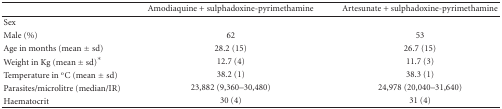
<table><thead><tr><td></td><td><b>Amodiaquine + sulphadoxine-pyrimethamine</b></td><td><b>Artesunate + sulphadoxine-pyrimethamine</b></td></tr></thead><tbody><tr><td>Sex</td><td></td><td></td></tr><tr><td>Male(%)</td><td>62</td><td>53</td></tr><tr><td>Age in months (mean ± sd)</td><td>28.2 (15)</td><td>26.7 (15)</td></tr><tr><td>Weight in Kg (mean ± sd)*</td><td>12.7 (4)</td><td>11.7 (3)</td></tr><tr><td>Temperature in oC (mean ± sd)</td><td>38.2 (1)</td><td>38.3 (1)</td></tr><tr><td>Parasites/microlitre(median/IR)</td><td>23,882 (9,360–30,480)</td><td>24,978 (20,040–31,640)</td></tr><tr><td>Haematocrit</td><td>30 (4)</td><td>31 (4)</td></tr></tbody></table>